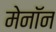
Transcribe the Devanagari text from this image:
मेनॉन